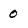
Character: 0